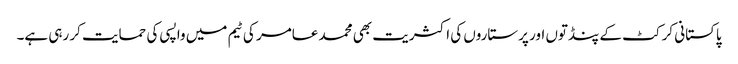
پاکستانی کرکٹ کے پنڈتوں اور پرستاروں کی اکثریت بھی محمد عامر کی ٹیم میں واپسی کی حمایت کر رہی ہے۔